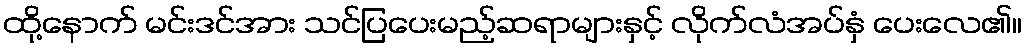
ထို့နောက် မင်းဒင်အား သင်ပြပေးမည့်ဆရာများနှင့် လိုက်လံအပ်နှံ ပေးလေ၏။